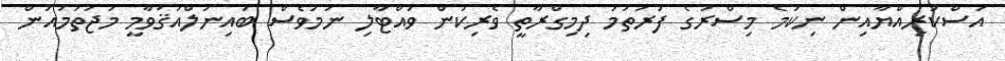
އަސްކަރިއްޔާއިން ނިކުމެ މިސްރުގެ ފުރަތަމަ ދިމިގްރާތީ ވެރިކަން ވައްޓާލި ނަމަވެސް ބައިނަލްއަޤުވާމީ މުޖުތަމައުން